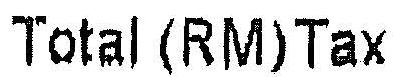
TOTAL (RM) TAX